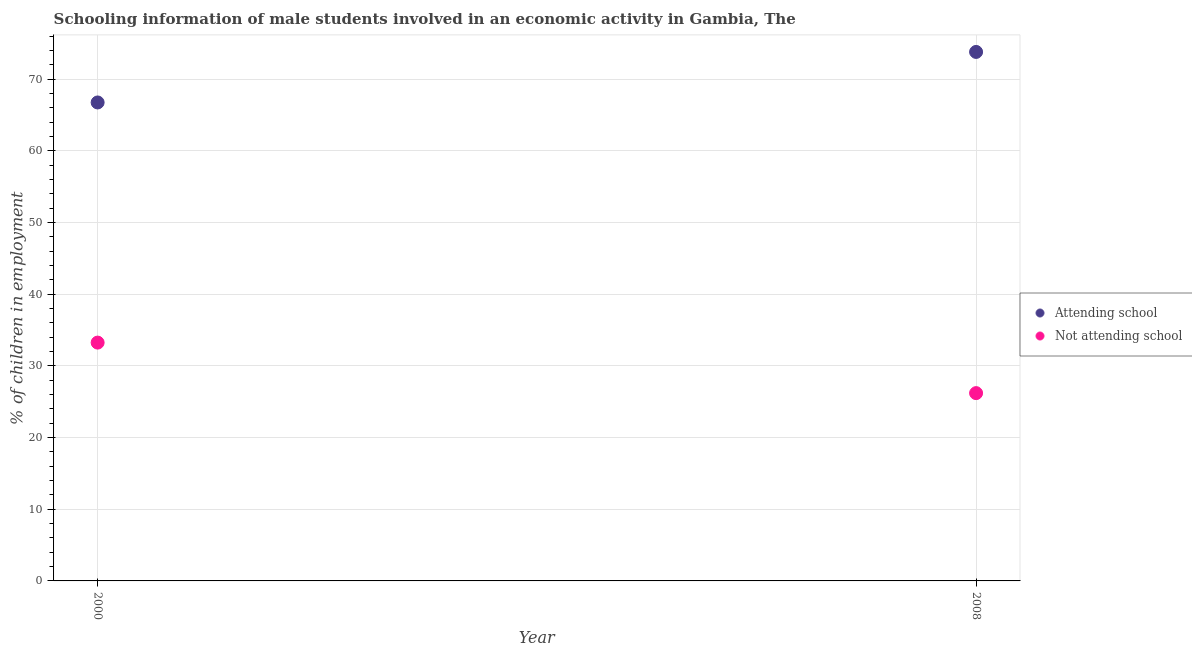
| Year | Attending school | Not attending school |
 | --- | --- | --- |
 | 2000 | 66.8 | 33.2 |
 | 2008 | 73.8 | 26.2 |